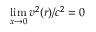
\operatorname* { l i m } _ { x \rightarrow 0 } v ^ { 2 } ( r ) / c ^ { 2 } = 0